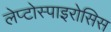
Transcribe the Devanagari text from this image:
लेप्टोस्पाइरोसिस